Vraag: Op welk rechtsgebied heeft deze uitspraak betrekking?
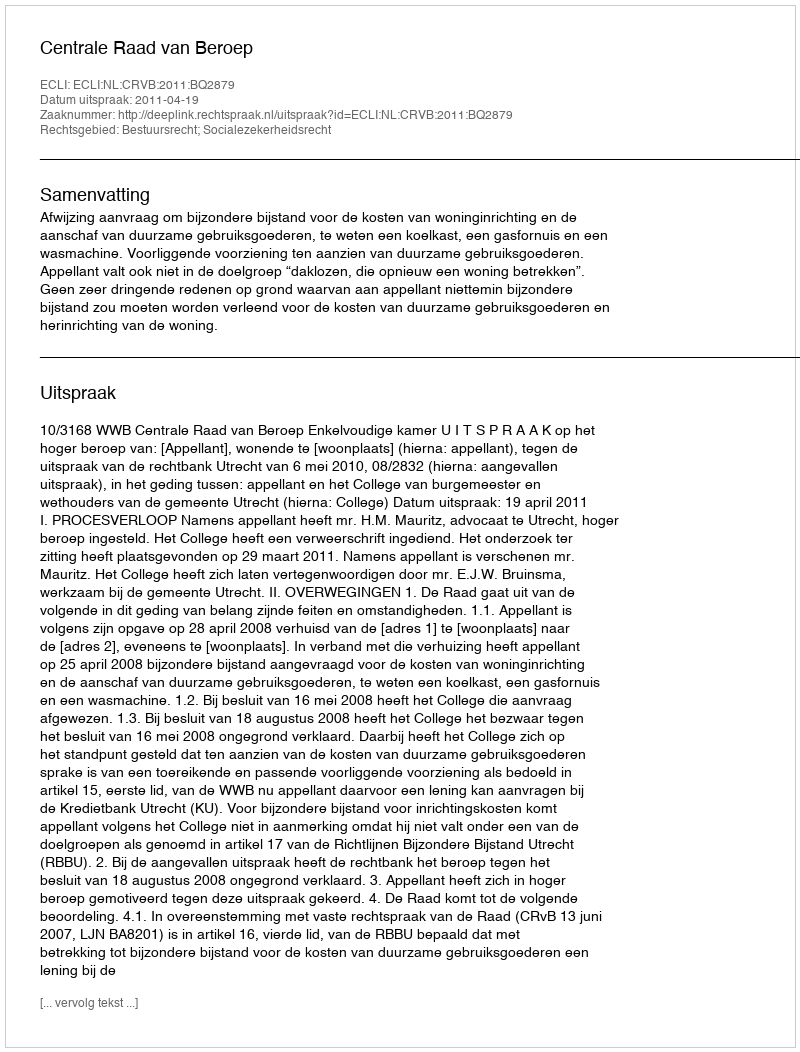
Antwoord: Bestuursrecht; Socialezekerheidsrecht